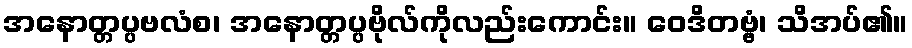
အနောတ္တပ္ပဗလံစ၊ အနောတ္တပ္ပဗိုလ်ကိုလည်းကောင်း။ ဝေဒိတဗ္ဗံ၊ သိအပ်၏။